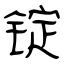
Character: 锭